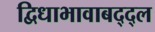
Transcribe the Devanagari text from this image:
द्विधाभावाबद्द्ल